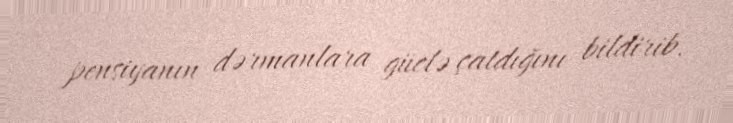
pensiyanın dərmanlara güclə çatdığını bildirib.